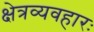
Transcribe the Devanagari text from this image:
क्षेत्रव्यवहारः